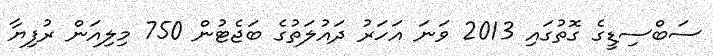
ސަބްސިޑީގެ ގޮތުގައި 2013 ވަނަ އަހަރު ދައުލަތުގެ ބަޖެޓުން 750 މިލިއަން ރުފިޔާ